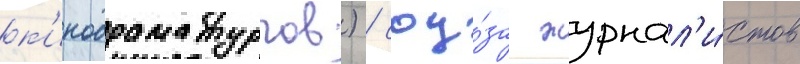
к'инодраматургов) / соу́за журнал'и́стов